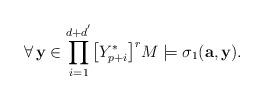
LaTeX: \begin{align*}\forall\,\mathbf{y}\in\displaystyle{\prod_{i=1}^{d+d^{'}}}\big{[}Y^{*}_{p+i}\big{]}^{r}M\models\sigma_1(\mathbf{a},\mathbf{y}).\end{align*}